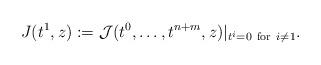
LaTeX: \begin{align*} J(t^1,z):=\mathcal{J}(t^0,\dots,t^{n+m},z)|_{t^i=0\ \mathrm{for}\ i\neq 1}.\end{align*}